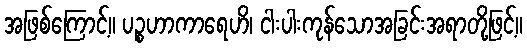
အဖြစ်ကြောင့်။ ပဉ္စဟာကာရေဟိ၊ ငါးပါးကုန်သောအခြင်းအရာတို့ဖြင့်။